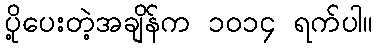
ပို့ပေးတဲ့အချိန်က ၁၀၁၄ ရက်ပါ။